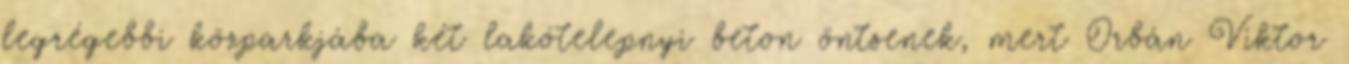
legrégebbi közparkjába két lakótelepnyi beton öntsenek, mert Orbán Viktor